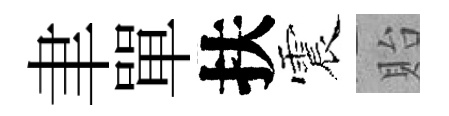
聿單扶震貽